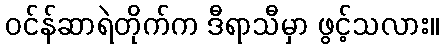
ဝင်န်ဆာရဲတိုက်က ဒီရာသီမှာ ဖွင့်သလား။